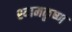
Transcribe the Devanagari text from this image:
श्यामकृष्ण